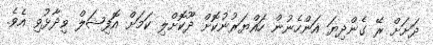
ދަށަށް ރޭ ގެންދިޔަ އަންހެނުން ހައްޔަރުނުކޮށް ދޫކޮށްލި ކަމަށް އޮފިޝަލް ވިދާޅުވި އެވެ.